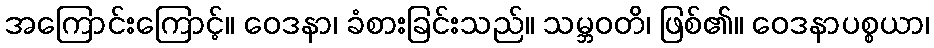
အကြောင်းကြောင့်။ ဝေဒနာ၊ ခံစားခြင်းသည်။ သမ္ဘဝတိ၊ ဖြစ်၏။ ဝေဒနာပစ္စယာ၊